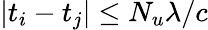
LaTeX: |t_{i}-t_{j}|\le N_{u}\lambda/c